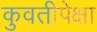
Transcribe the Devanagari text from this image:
कुवतीपेक्षा